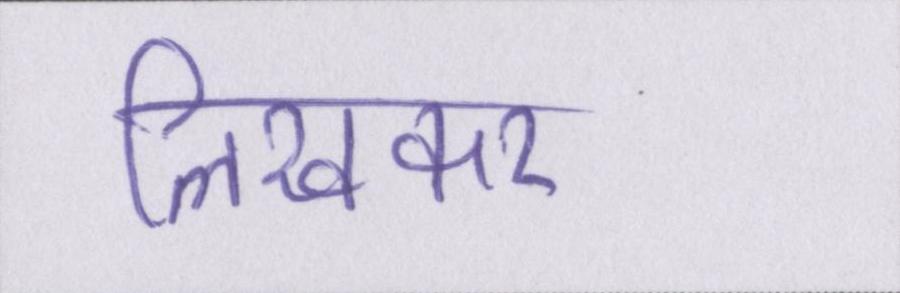
लिखकर